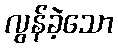
လွန်ခဲ့သော